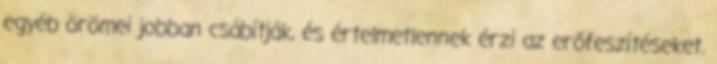
egyéb örömei jobban csábítják, és értelmetlennek érzi az erőfeszítéseket.